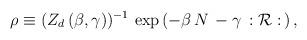
LaTeX: \begin{align*}\rho \equiv (Z_d \, (\beta , \gamma))^{-1} \, \exp \, (-\beta \, N \, -\gamma \, : {\cal R} : \, ) \, , \end{align*}